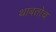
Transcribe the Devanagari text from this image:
थाबतोच